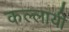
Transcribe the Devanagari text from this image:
कल्लायी